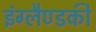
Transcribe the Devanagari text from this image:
इंग्लैण्डकी